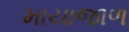
માયાજાળ